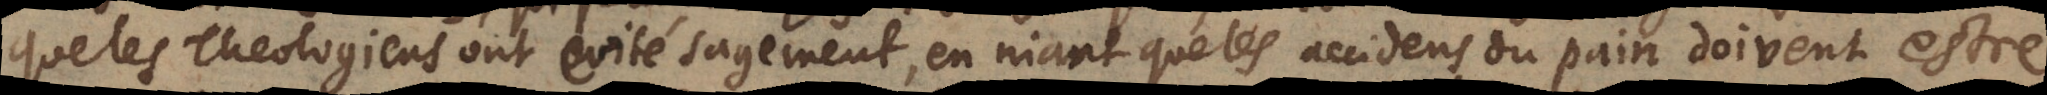
que les Theologiens ont evité sagement, en niant que les accidens du pain doivent estre